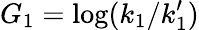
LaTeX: G_{1}=\log(k_{1}/k_{1}^{\prime})